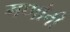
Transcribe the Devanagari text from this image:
गणांनी